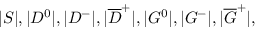
| S | , | D ^ { 0 } | , | D ^ { - } | , | \overline { { D } } ^ { + } | , | G ^ { 0 } | , | G ^ { - } | , | \overline { { G } } ^ { + } | ,